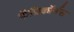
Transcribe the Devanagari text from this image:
कॅप्रिकॉर्नस